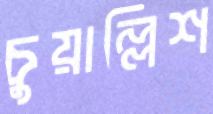
চুয়াল্লিশ